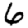
Digit: 6